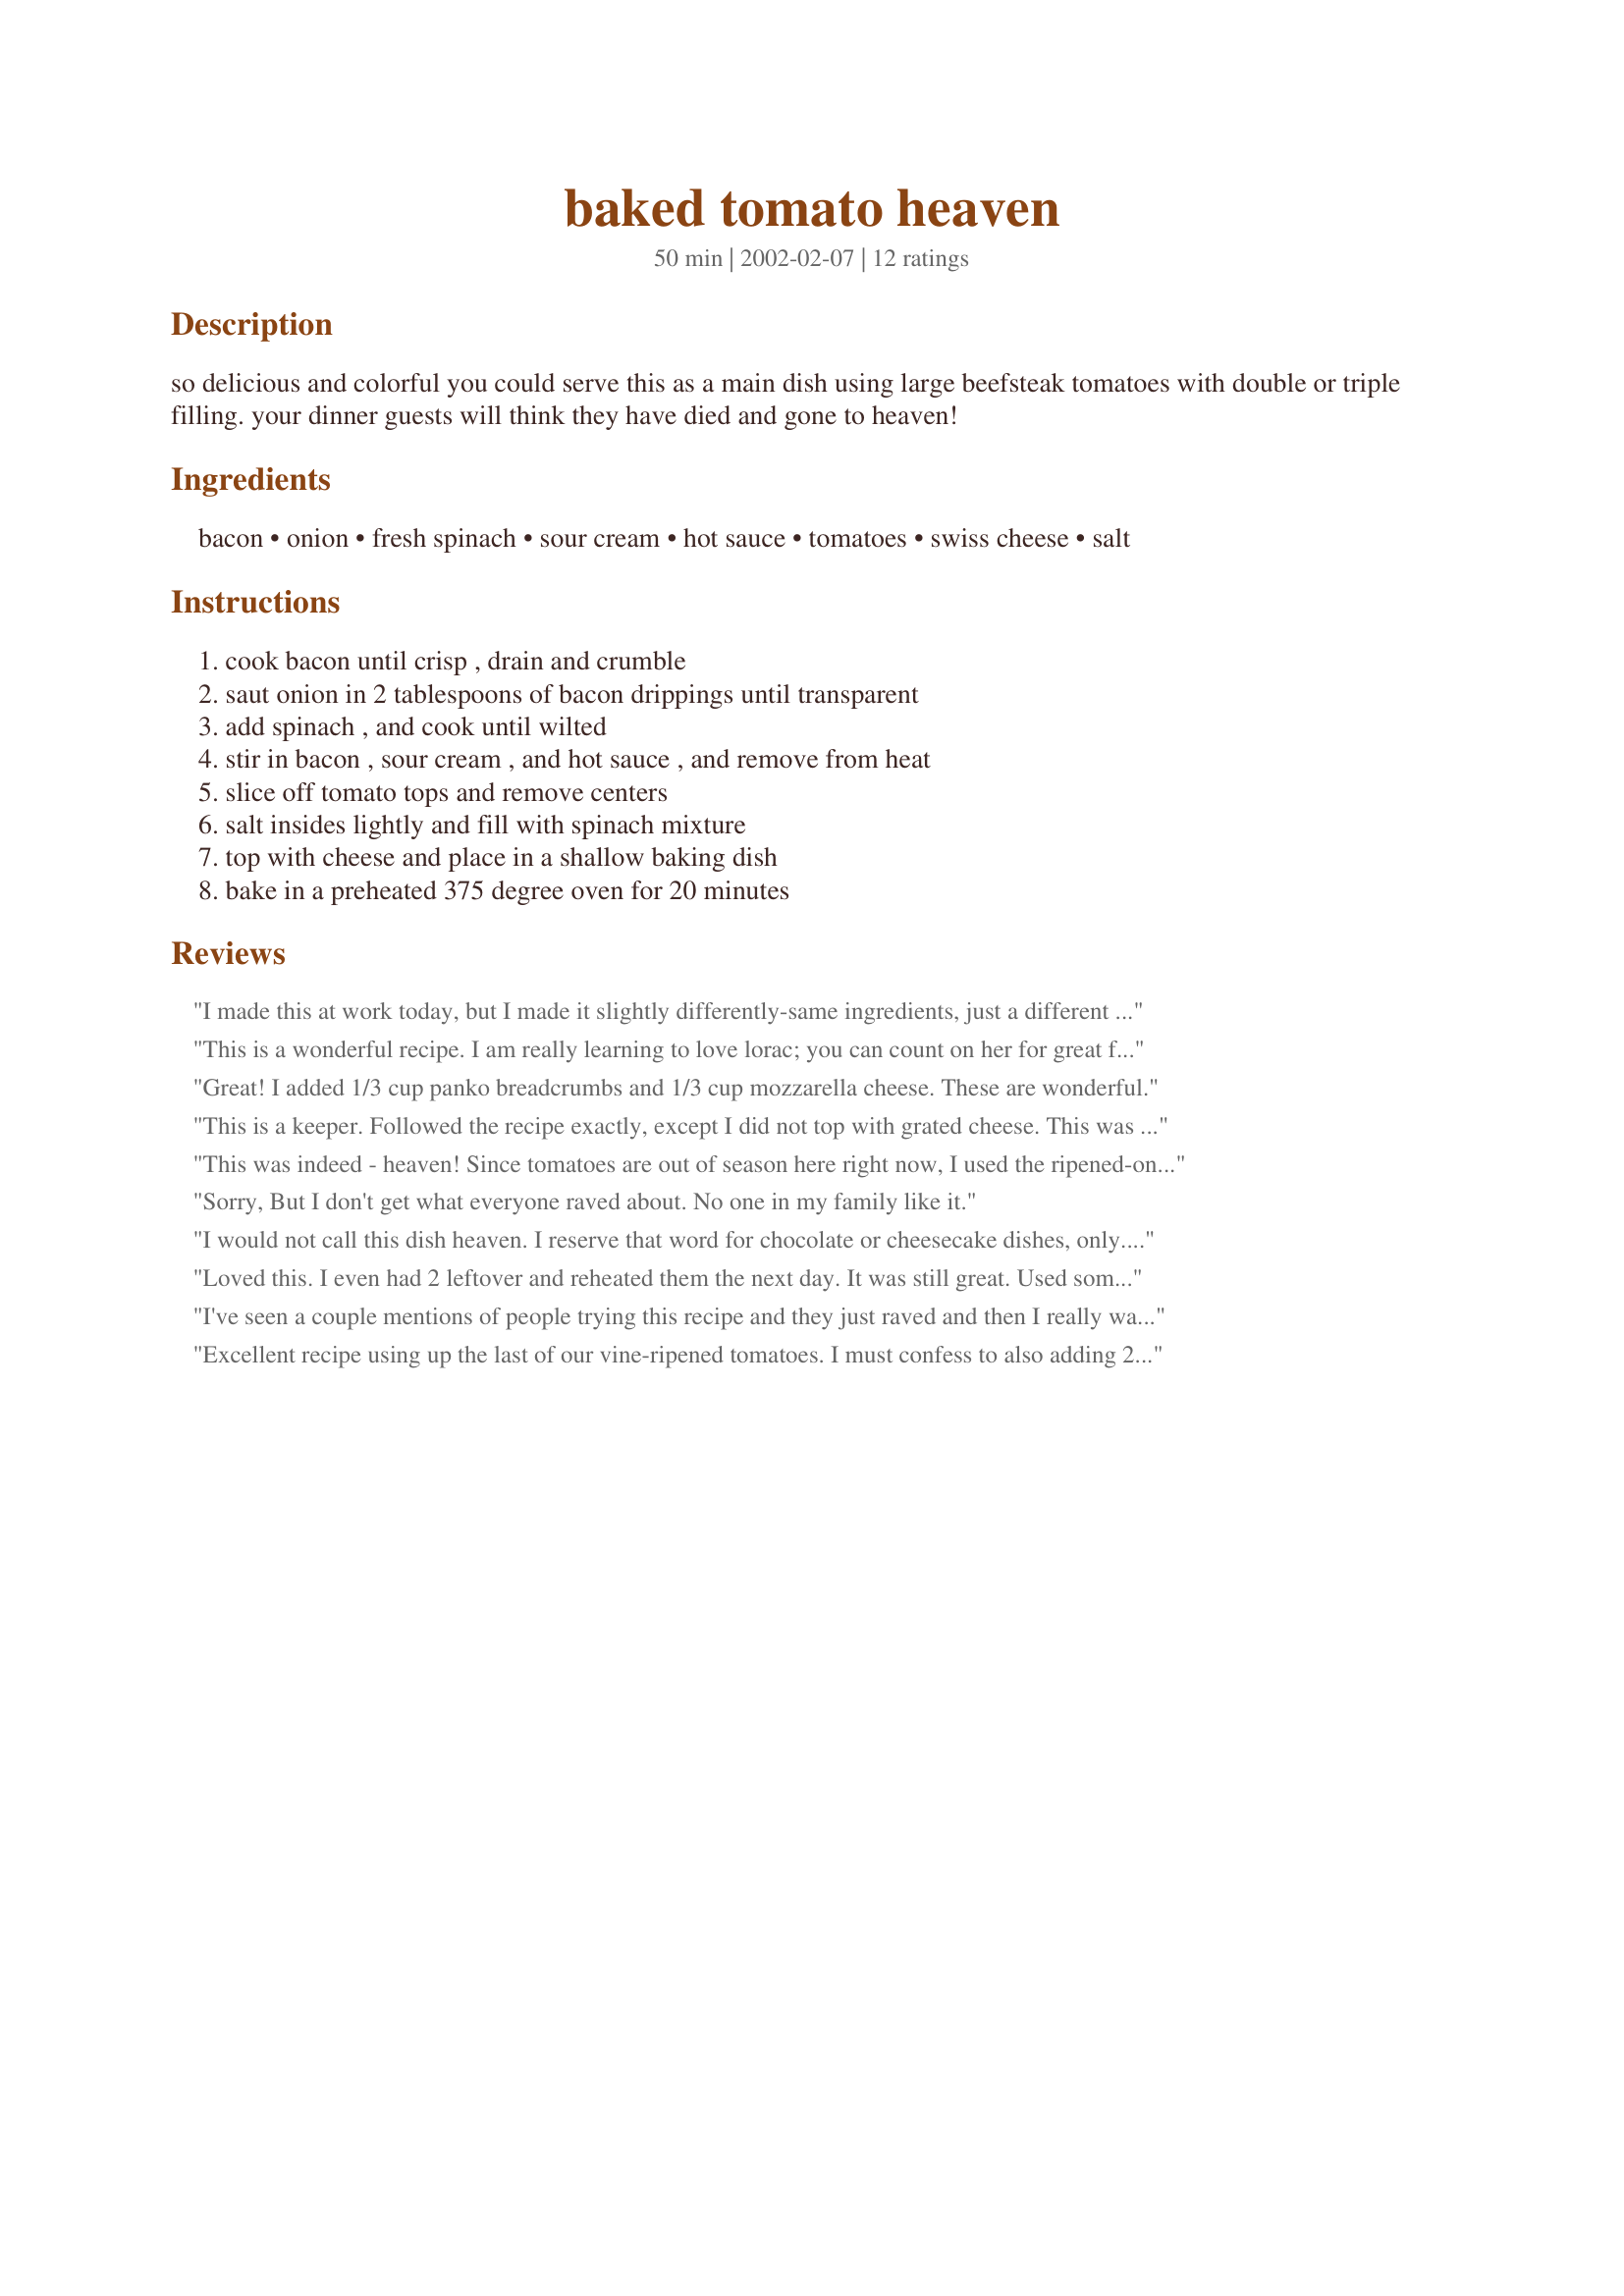
baked tomato heaven
Preparation time: 50 minutes

so delicious and colorful you could serve this as a main dish using large beefsteak tomatoes with double or triple filling. your dinner guests will think they have died and gone to heaven!

Ingredients:
bacon, onion, fresh spinach, sour cream, hot sauce, tomatoes, swiss cheese, salt

Steps:
cook bacon until crisp , drain and crumble, saut onion in 2 tablespoons of bacon drippings until transparent, add spinach , and cook until wilted, stir in bacon , sour cream , and hot sauce , and remove from heat, slice off tomato tops and remove centers, salt insides lightly and fill with spinach mixture, top with cheese and place in a shallow baking dish, bake in a preheated 375 degree oven for 20 minutes

Reviews:
I made this at work today, but I made it slightly differently-same ingredients, just a different presentation. Also multiplied the recipe by nearly 3.
I cored the tomatoes, and cut them in half (around the equator), I lay 16 halves in my baking tray, spread over half the filling mix, some cheese, then repeated all that. I then cooked them in the oven til the cheese was golden brown. Excellent.
This is a wonderful recipe. I am really learning to love lorac; you can count on her for great food. I think this is a great side dish that is really going to spice up my recipe collection. I had been looking for the perfect baked tomato recipe and this is it!
Great! I added 1/3 cup panko breadcrumbs and 1/3 cup mozzarella cheese. These are wonderful.
This is a keeper. Followed the recipe exactly, except I did not top with grated cheese. This was a side to our Christmas dinner roast that also included Ultimate Scalloped Potates #42532, so there was quite enough cheese in the mix already. Our tomatoes were rather large, so I made the full recipe for the filling and had some left over. Just added that as extra topping for the last tomato to go with a ham steak a few days later.
This was indeed - heaven! Since tomatoes are out of season here right now, I used the ripened-on-the-vine variety, and this was just awesome. I cannot even imagine how good this will be when garden tomatoes are ready to go! I made the recipe exactly as posted and ended up with ten small to medium stuffed tomatoes. Bonus!: Because there's just two of us, I had leftovers, so I chopped them up, stuffing and all, and added to homemade tomato soup - wow, TDF!! Thanks, Lorac, for a real keeper!
Sorry, But I don't get what everyone raved about. No one in my family like it.
I would not call this dish heaven. I reserve that word for chocolate or cheesecake dishes, only. However, this is a very good dish. I used 6 slices of bacon and 3-4 dashes of hot sauce. I will definately make this again.
Loved this. I even had 2 leftover and reheated them the next day. It was still great. Used some of the hot sauce that I was sent in the food swap and added a little bit more than was called for, still great. Thanks for posting it. I never knew that I liked cooked whole tomatos before I tried this.
I've seen a couple mentions of people trying this recipe and they just raved and then I really wanted to try it. I thought our tomatoes were done for the season and that I'd have to buy tomatoes to make it...in fact, I asked Lorac about a method she uses to improve store bought tomatoes (over in the message and thank you board) thinking I would have to try this recipe with them. Not so...DH and I went for a walk in the yard a couple days ago and found we have a few really nice sized tomatoes that frost hasn't gotten yet and they were ripe! since they were larger than medium size, I used 3 and kept the rest of the recipe measurements the same. I didn't have fresh spinach, but found in a substitutions resource that beet greens can be substituted, so I headed back out to the garden and collected some of them. This was absolutely delicious. I shortened the baking time by about 5 minutes and the tomatoes were warmed and just slightly softened, but not cooked through. This tasted like we were eating a BLT without the bread...yummy. DH and I each had one and I packed the other in a lunch tray to send over to my MIL (She's 73, and a widow, so anything that I feel will reheat well, I use to make TV dinners for her to throw in the microwave).
Excellent recipe using up the last of our vine-ripened tomatoes. I must confess to also adding 2 minced garlic cloves, but the combination of flavours was really wonderful!
Awesome! I used proscuitto instead of bacon, but I still used some bacon grease to sautee the onion. Also, I sliced large tomato "steaks" instead of removing the centers. Of course, this made everything really juicy, but it was so good on top of crusty bread! There is really no substitute for fresh, farmers' market tomatoes!
This was absolutely wonderful!! I didn't have any bacon, but I wilted the spinach in bacon grease (I'm Southern, I always have bacon grease in the frige) and you couldn't tell that there wasn't bacon in it. Next time I will shorten the bake time so the tomato isn't so soft, but otherwise, this was a great dish.
